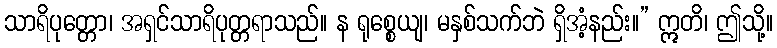
သာရိပုတ္တော၊ အရှင်သာရိပုတ္တရာသည်။ န ရုစ္စေယျ၊ မနှစ်သက်ဘဲ ရှိအံ့နည်း။” ဣတိ၊ ဤသို့။